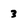
Character: 3